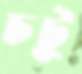
চটু